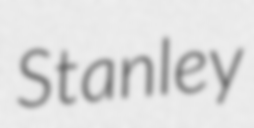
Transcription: Stanley